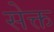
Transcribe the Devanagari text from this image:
सेक्त